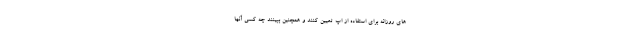
های روزانه برای استفاده از اپ تعیین کنند و همچنین ببینند چه کسی آنها